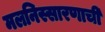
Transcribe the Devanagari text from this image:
मलनिस्सारणाची